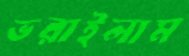
ভরাইলাম